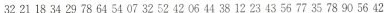
32 21 18 34 29 78 64 54 07 32 52 42 06 44 38 12 23 43 56 77 35 78 90 56 42